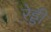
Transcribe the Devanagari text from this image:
रे़ड्डी